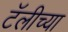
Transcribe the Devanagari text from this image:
टॅलीच्या